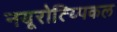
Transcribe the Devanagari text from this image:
नयूरोत्य्पिकल